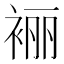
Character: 𰳼